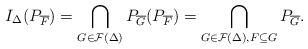
\begin{align*}I_{\Delta}(P_{\overline{F}})=\bigcap_{G\in \mathcal{F}(\Delta)}P_{\overline{G}}(P_{\overline{F}})=\bigcap_{G\in \mathcal{F}(\Delta),F\subseteq G} P_{\overline{G}}.\end{align*}